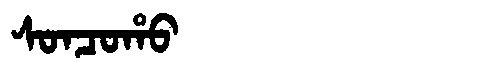
Manchu: ᠰᠣᠨᠴᠣᡥᠣ
Romanization: SONCOHO